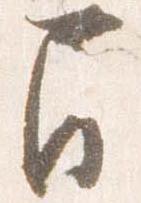
間